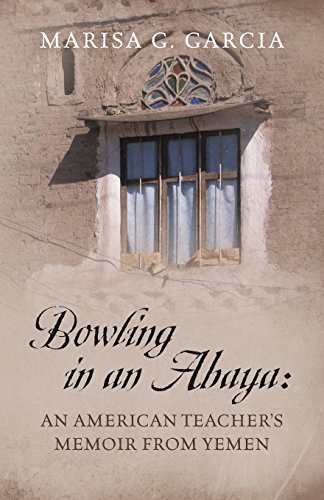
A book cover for Bowling in an Abaya: An American Teacher's Memoir from Yemen; Marisa G. Garcia; Travel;